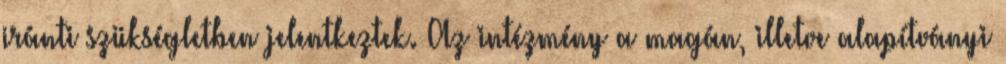
iránti szükségletben jelentkeztek. Az intézmény a magán, illetve alapítványi